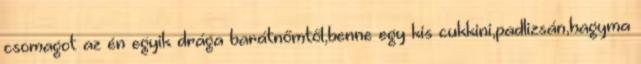
csomagot az én egyik drága barátnőmtől,benne egy kis cukkini,padlizsán,hagyma